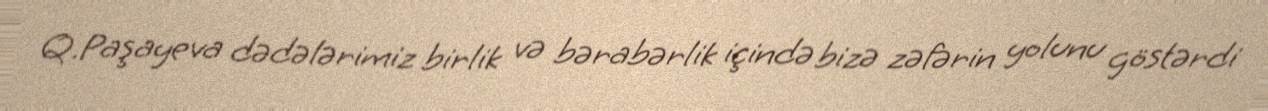
Q.Paşayeva dədələrimiz birlik və bərabərlik içində bizə zəfərin yolunu göstərdi